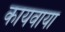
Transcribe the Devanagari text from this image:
कायवाया